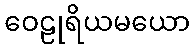
ဝေဠုရိယမယော